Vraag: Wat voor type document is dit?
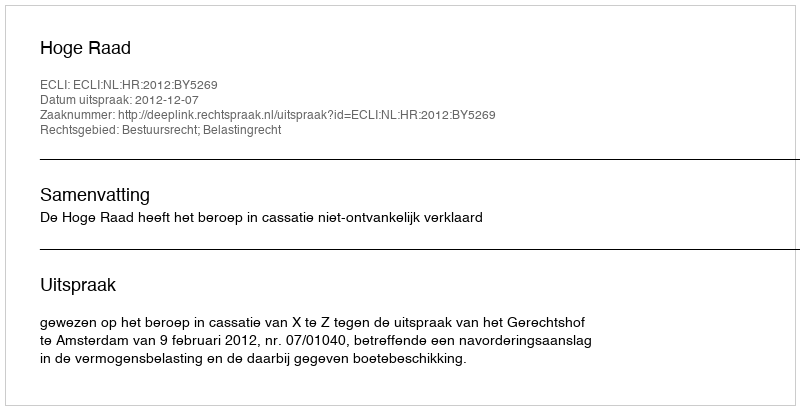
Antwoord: Uitspraak